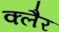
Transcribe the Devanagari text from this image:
क्लैर